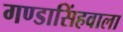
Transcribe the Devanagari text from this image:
गण्डासिंहवाला